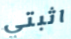
اثبتي